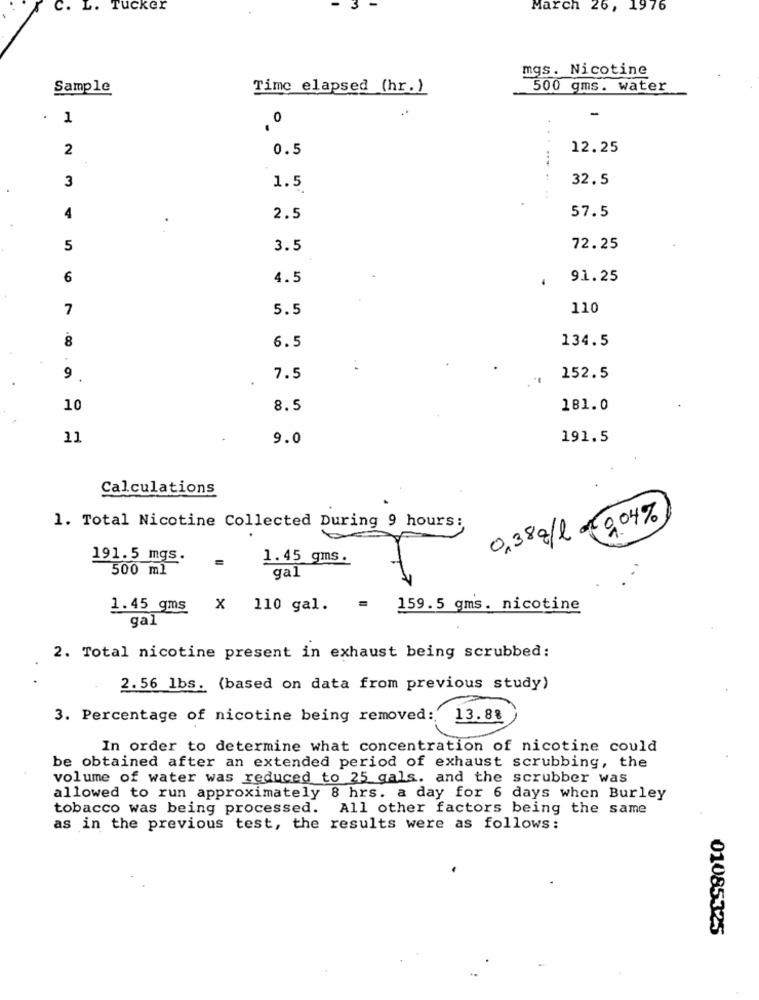
C. L. Tucker
March 26, 1976
mgs. Nicotine
Sample
Time elapsed (hr.)
500 gms. water
..
-
1
, 0
. .
2
0.5
12.25
3
32.5
1.5
4
.
2.5
57.5
5
3.5
72.25
6
4.5
91.25
7
5.5
110
8
134.5
6.5
9
7.5
152.5
10
8.5
181.0
11
9.0
191.5
Calculations
1. Total Nicotine Collected During 9 hours:
0,38 q/l of 9.04%
191.5 mgs.
=
1.45 gms.
500 ml
gal
1.45 gms
x 110 gal.
159.5 gms. nicotine
gal
2. Total nicotine present in exhaust being scrubbed:
2. 56 lbs. (based on data from previous study)
3. Percentage of nicotine being removed:
13.88
In order to determine what concentration of nicotine could
be obtained after an extended period of exhaust scrubbing, the
volume of water was reduced to 25 gals. and the scrubber was
allowed to run approximately 8 hrs. a day for 6 days when Burley
tobacco was being processed.
All other factors being the same
as in the previous test, the results were as follows:
01085325